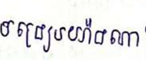
បង្រៀនយ៉ាងណា